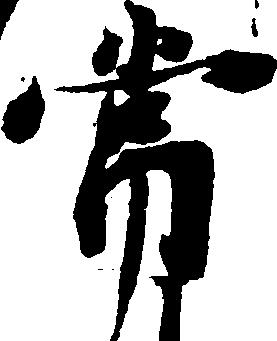
常